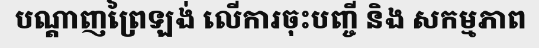
បណ្តាញព្រៃឡង់ លើការចុះបញ្ចី និង សកម្មភាព